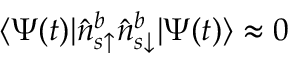
\langle \Psi ( t ) | \hat { n } _ { s \uparrow } ^ { b } \hat { n } _ { s \downarrow } ^ { b } | \Psi ( t ) \rangle \approx 0